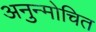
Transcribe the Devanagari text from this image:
अनुन्मोचित